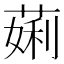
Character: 𬝲